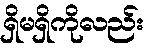
ရှိမရှိကိုလည်း